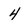
Character: 4